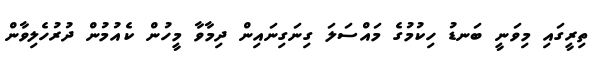
ތިރީގައި މިވަނީ ބަނޑު ހިކުމުގެ މައްސަލަ ގިނަގިނައިން ދިމާވާ މީހުން ކެއުމުން ދުރުހެލިވާން